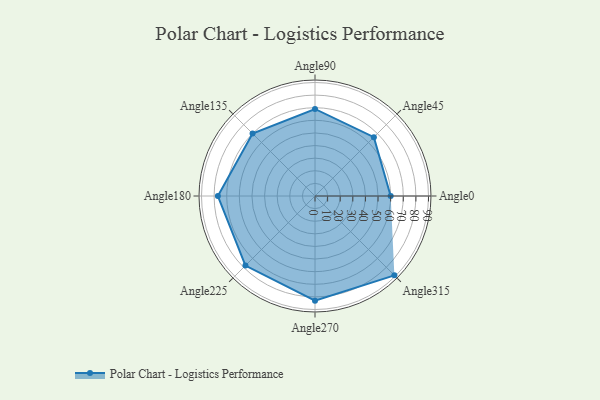
{"axis": {"x": "Angle", "y": "Radius"}, "legend": [""], "data": [{"x": "Angle0", "y": 60.0, "type": ""}, {"x": "Angle45", "y": 66.0, "type": ""}, {"x": "Angle90", "y": 69.0, "type": ""}, {"x": "Angle135", "y": 70.0, "type": ""}, {"x": "Angle180", "y": 77.0, "type": ""}, {"x": "Angle225", "y": 78.0, "type": ""}, {"x": "Angle270", "y": 83.0, "type": ""}, {"x": "Angle315", "y": 89.0, "type": ""}]}